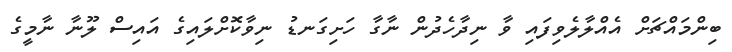
ބިންމައްޗަށް އެއްލާލެވިފައި ވާ ނިދާހެދުން ނާގާ ހަށިގަނޑު ނިވާކޮށްލައިގެ އައިސް ލޫނާ ނާމީގެ